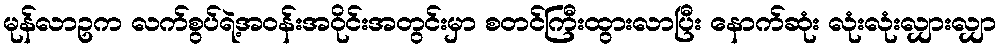
မုန်လာဥက လက်စွပ်ရဲ့အဝန်းအဝိုင်းအတွင်းမှာ စတင်ကြီးထွားလာပြီး နောက်ဆုံး လုံးလုံးလျှားလျှာ